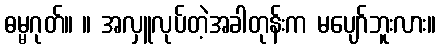
ဓမ္မဂုတ်။ ။ အလှူလုပ်တဲ့အခါတုန်းက မပျော်ဘူးလား။